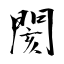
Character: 閡